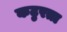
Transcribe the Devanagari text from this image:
कटुरता